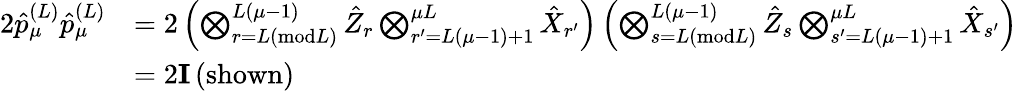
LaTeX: \begin{array}{rl}{2\hat{p}_{\mu}^{(L)}\hat{p}_{\mu}^{(L)}}&{=2\left(\bigotimes_{r=L(\textrm{mod}L)}^{L(\mu-1)}\hat{Z}_{r}\bigotimes_{r^{\prime}=L(\mu-1)+1}^{\mu L}\hat{X}_{r^{\prime}}\right)\left(\bigotimes_{s=L(\textrm{mod}L)}^{L(\mu-1)}\hat{Z}_{s}\bigotimes_{s^{\prime}=L(\mu-1)+1}^{\mu L}\hat{X}_{s^{\prime}}\right)}\\ &{=2\mathbf{I}\, \textrm{(shown)}}\end{array}